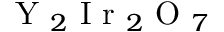
\mathrm { ~ Y ~ } _ { 2 } \mathrm { ~ I ~ r ~ } _ { 2 } \mathrm { ~ O ~ } _ { 7 }